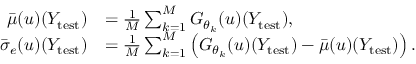
\begin{array} { r l } { \bar { \mu } ( u ) ( Y _ { \mathrm { t e s t } } ) } & { = \frac { 1 } { M } \sum _ { k = 1 } ^ { M } G _ { \theta _ { k } } ( u ) ( Y _ { \mathrm { t e s t } } ) , } \\ { \bar { \sigma } _ { e } ( u ) ( Y _ { \mathrm { t e s t } } ) } & { = \frac { 1 } { M } \sum _ { k = 1 } ^ { M } \left( G _ { \theta _ { k } } ( u ) ( Y _ { \mathrm { t e s t } } ) - \bar { \mu } ( u ) ( Y _ { \mathrm { t e s t } } ) \right) . } \end{array}